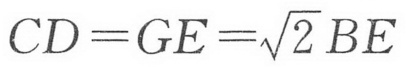
\(CD = GE=\sqrt{2}BE\)